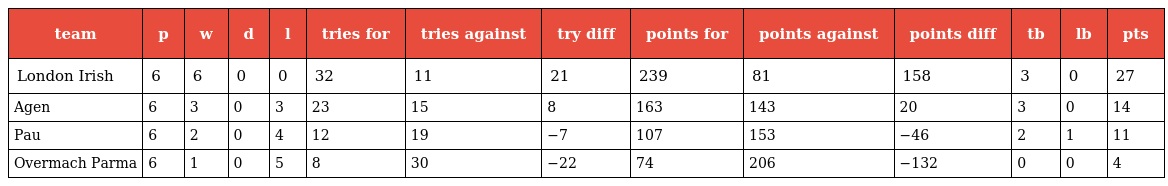
| team | p | w | d | l | tries for | tries against | try diff | points for | points against | points diff | tb | lb | pts |
 | --- | --- | --- | --- | --- | --- | --- | --- | --- | --- | --- | --- | --- | --- |
 | London Irish | 6 | 6 | 0 | 0 | 32 | 11 | 21 | 239 | 81 | 158 | 3 | 0 | 27 |
 | Agen | 6 | 3 | 0 | 3 | 23 | 15 | 8 | 163 | 143 | 20 | 3 | 0 | 14 |
 | Pau | 6 | 2 | 0 | 4 | 12 | 19 | −7 | 107 | 153 | −46 | 2 | 1 | 11 |
 | Overmach Parma | 6 | 1 | 0 | 5 | 8 | 30 | −22 | 74 | 206 | −132 | 0 | 0 | 4 |